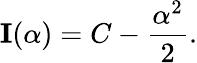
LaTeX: {\textbf{I}}(\alpha)=C-{\frac{\alpha^{2}}{2}}.